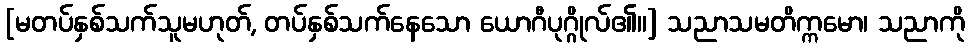
[မတပ်နှစ်သက်သူမဟုတ်, တပ်နှစ်သက်နေသော ယောဂီပုဂ္ဂိုလ်၏။] သညာသမတိက္ကမော၊ သညာကို